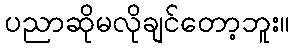
ပညာဆိုမလိုချင်တော့ဘူး။